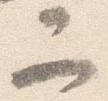
二